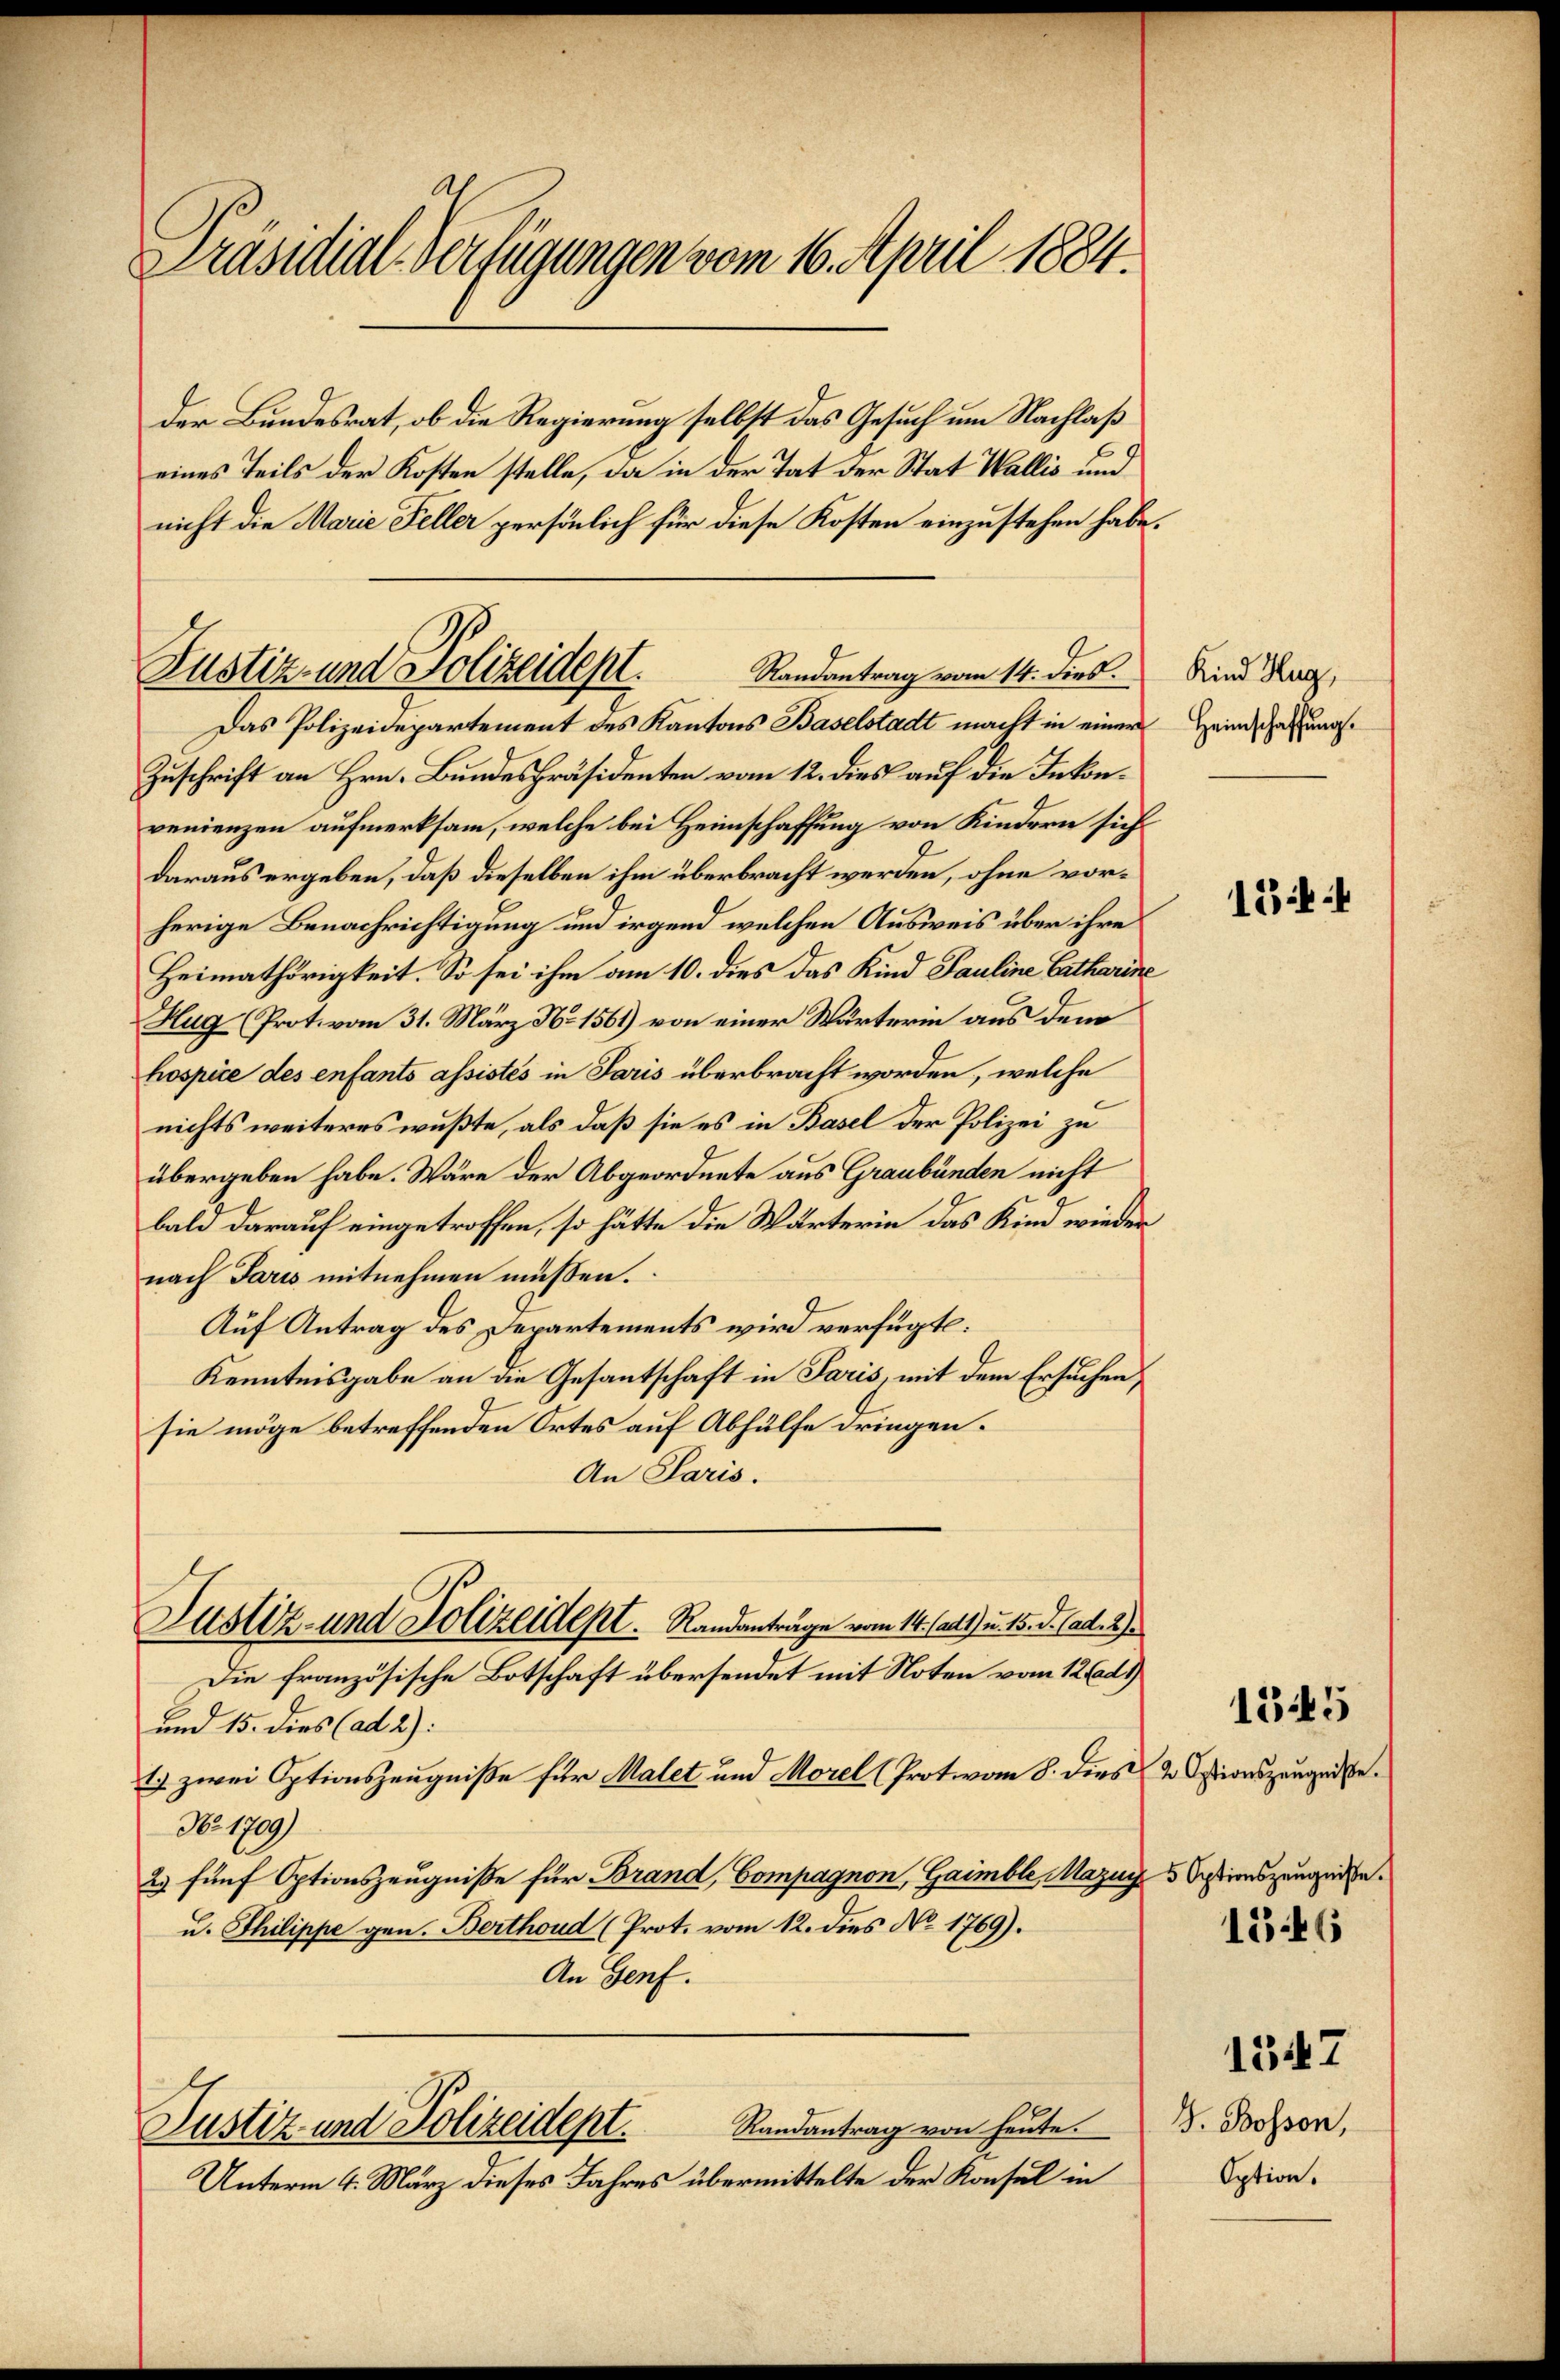
Präsidial-Verfügungen vom 16. April 1884.

Der Bundesrat, ob die Regierung selbst das Gesuch um Nachlaß
eines Teils der Kosten stelle, da in der Tat der Stat Wallis und
nicht die Marie Feller persönlich für diese Kosten einzustehen habe,
Randantrag vom 14. dies.
Das Polizeidepartement des Kantons Baselstadt macht in einer Heimschaftung.
Zuschrift an Hrn. Bundespräsidenten vom 12. dies auf die Inkonvenienzen aufmerksam, welche bei Heimschaffung von Kindern sich
daraus ergeben, daß dieselben ihm überbracht werden, ohne vorherige Benachrichtigung und irgend welchen Ausweis über ihre
Heimathörigkeit. So sei ihm am 10. dies das Kind Pauline Catharine
Hug (Prot. vom 31. März No. 1561) von einer Wärterin aus dem
hospice des enfants assistes in Paris überbracht worden, welche
nichts weiteres wußte, als daß sie es in Basel der Polizei zu
übergeben habe. Wäre der Abgeordnete aus Graubünden nicht
bald darauf eingetroffen, so hätte die Wärterin das Kind wieder
nach Paris mitnehmen müssen.
Auf Antrag des Departements wird verfügt:
Kenntnisgabe an die Gesantschaft in Paris, mit dem Ersuchen
sie möge betreffenden Ortes auf Abhülfe dringen.
An Paris.
Justiz- und Polizeidept. Randanträge vom 14. Matt) u. 15. d. Cad. 2
Die französische Botschaft übersendet mit Noten vom 12 d.)
und 15. dies (ad 2):
1) zwei Optionszeugniße für Malet und Morel (Protovom 8. dies 2. Ostionszeugenbe¬
No. 1709)
2) fünf Optionszeugniße für Brand, Compagnon, Gaimble, Mazi
u. Philippe gen. Berthoud (Prot. vom 12. dies No 1769).
An Genf.
Randantrag von heute.
Justiz und Polizeidept.
Unterm 4. März dieses Jahres übermittelte der Konsul in

Justiz- und Polizeident.

Kind Hug,

15.4

5 Optionszeugniße.
1546

G. Bosson,
Option.

1345

1347